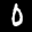
Label: 0